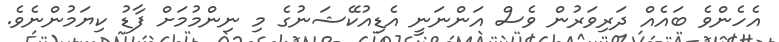
އެހެންވެ ބައެއް ދަރިވަރުން ވެސް އަންނަނީ އެޑިއުކޭޝަނުގެ މި ނިންމުމަށް ފާޑު ކިޔަމުންނެވެ.